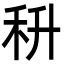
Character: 𮂶